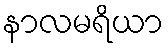
နာလမရိယာ